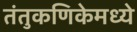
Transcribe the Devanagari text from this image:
तंतुकणिकेमध्ये